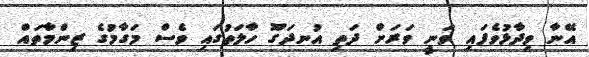
އޭނާ ވިދާޅުވެފައި ވަނީ ވަރަށް ދަތި އުނދަގޫ ހާލަތުގައި ވެސް މަގާމުގެ ޒިންމާތައް